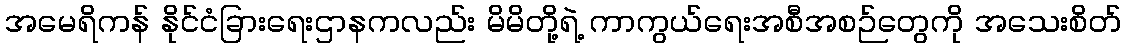
အမေရိကန် နိုင်ငံခြားရေးဌာနကလည်း မိမိတို့ရဲ့ ကာကွယ်ရေးအစီအစဉ်တွေကို အသေးစိတ်